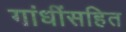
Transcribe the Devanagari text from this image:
गांधींसहित